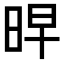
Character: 𭥳